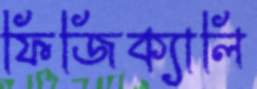
ফিজিক্যালি